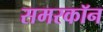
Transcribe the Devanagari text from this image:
समरकॉन